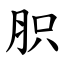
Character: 胑